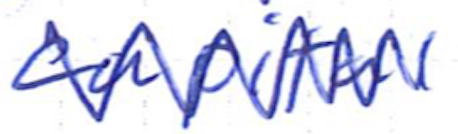
Text: capital
Cross-out: zig-zag
Writing tool: ballpoint